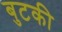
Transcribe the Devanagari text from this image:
बुटकी